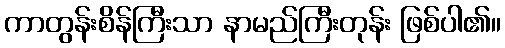
ကာတွန်းစိန်ကြီးသာ နာမည်ကြီးတုန်း ဖြစ်ပါ၏။